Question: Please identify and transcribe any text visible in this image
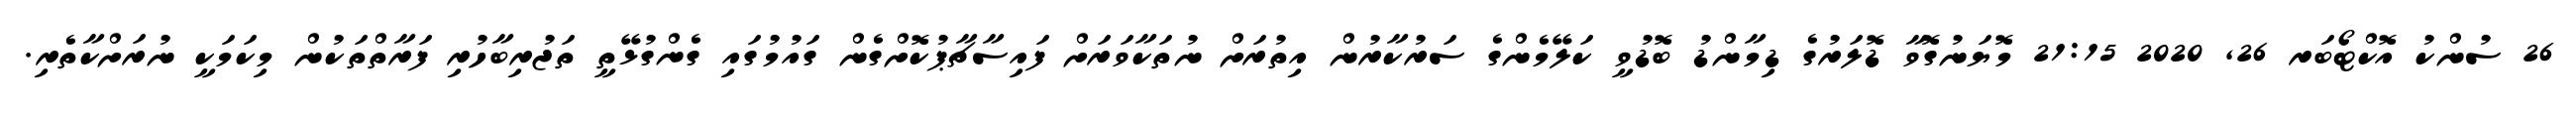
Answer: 26 ސުންކު އޮކްޓޯބަރ 26, 2020 21:15 މޮޔަނުގޮވާ ޑޮލަރުގެ ޑިމާންޑު ބޮޑުވީ ކަލޭމެންގެ ސަރުކާރުން އިތުރަށް ނުތަކާވަރަށް ފައިސާޗާޕުކޮށްގެން ގައުމުގައި ގެންގުޅޭތީ ތަޖުރިބާހުރި ފަރާތްތަކުން މިކަމަކީ ނުރަށްކާތެރި.